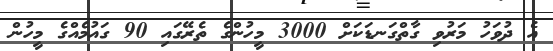
އެ ދުވަހު މަރުވި ގާތްގަނޑަކަށް 3000 މީހުންގެ ތެރޭގައި 90 ގައުމެއްގެ މީހުން